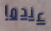
عندما